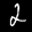
Label: 2